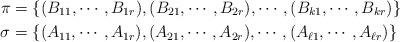
LaTeX: \begin{align*}\pi&=\{(B_{11},\cdots,B_{1r}),(B_{21},\cdots,B_{2r}),\cdots,(B_{k1},\cdots, B_{kr})\}\\\sigma&=\{(A_{11},\cdots,A_{1r}),(A_{21},\cdots,A_{2r}),\cdots,(A_{\ell 1},\cdots, A_{\ell r})\}\end{align*}